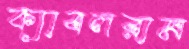
ক্যাবলরাম